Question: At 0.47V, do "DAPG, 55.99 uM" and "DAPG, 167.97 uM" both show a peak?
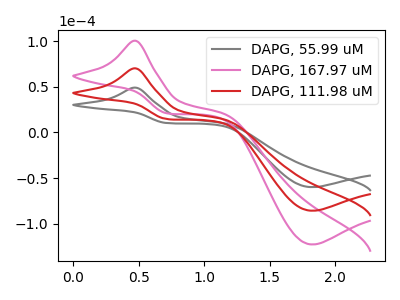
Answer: <think>The gray curve "DAPG, 55.99 uM" has an anodic peak at (0.45V, 49.00uA) and a cathodic peak at (1.80V, -59.95uA). The pink curve "DAPG, 167.97 uM" has an anodic peak at (0.45V, 140.30uA) and a cathodic peak at (1.80V, -171.50uA). The red curve "DAPG, 111.98 uM" has an anodic peak at (0.45V, 70.15uA) and a cathodic peak at (1.80V, -85.75uA).</think>
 <answer>Yes, "DAPG, 55.99 uM" and "DAPG, 167.97 uM" share a peak at 0.47V.</answer>
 <eval>match</eval>